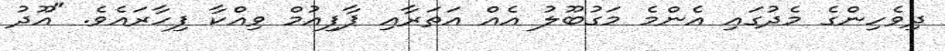
ދިވެހިންގެ މެދުގައި އެންމެ މަގުބޫލު އެއް އަތަރާއި ޕާފިއުމް ވިއްކާ ފިހާރައެވެ. "އޫދު